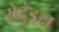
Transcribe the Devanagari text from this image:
रोटुंडस